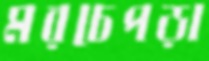
মরচেপড়া